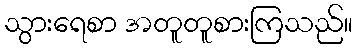
သွားရေစာ အတူတူစားကြသည်။